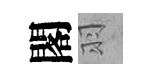
閣羽